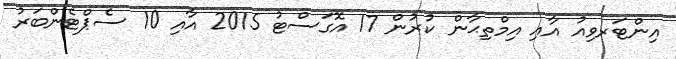
އިންޓަރވިއު އާއި އިމްތިޙާން ކުރުން 17 އޮގަސްޓު 2015 އާއި 10 ސެޕްޓެންބަރު